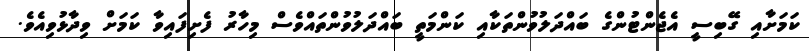
ކަމަށާއި ގޭބިސީ އެޖެންޓުންގެ ބައްދަލުވުންތަކާއި ކަންމަތީ ބައްދަލުވުންތައްވެސް މިހާރު ފެށިފައިވާ ކަމަށް ވިދާޅުވިއެވެ.